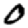
Digit: 0